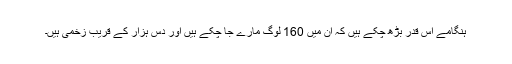
ہنگامے اس قدر بڑھ چکے ہیں کہ ان میں 160 لوگ مارے جا چکے ہیں اور دس ہزار کے قریب زخمی ہیں۔